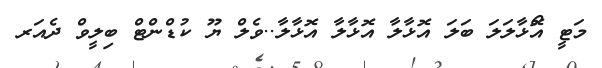
މަޓީ އޮޯޅާލަލަ ބަލަ އޮޅާލާ އޮޅާލާ އޮޅާލާ..ވެލް ޔޫ ކުޑްންޓް ބިލީވް ދެއަރ